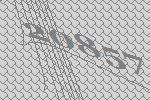
20857